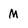
Character: M